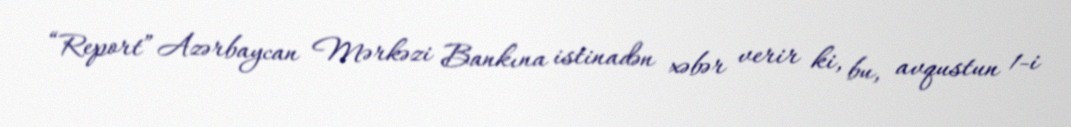
“Report” Azərbaycan Mərkəzi Bankına istinadən xəbər verir ki, bu, avqustun 1-i